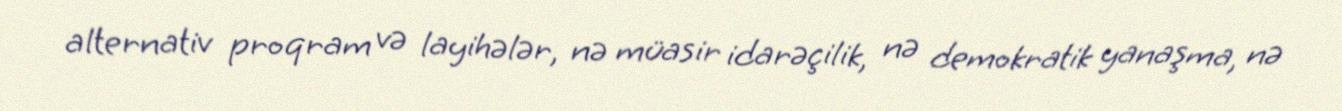
alternativ proqram və layihələr, nə müasir idarəçilik, nə demokratik yanaşma, nə